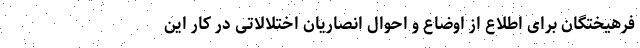
فرهیختگان برای اطلاع از اوضاع و احوال انصاریان اختلالاتی در کار این